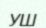
УШ